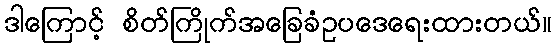
ဒါကြောင့် စိတ်ကြိုက်အခြေခံဥပဒေရေးထားတယ်။